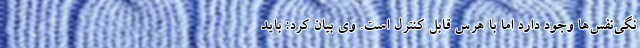
نگی‌نفس‌ها وجود دارد اما با هرس قابل کنترل است. وی بیان کرد: باید